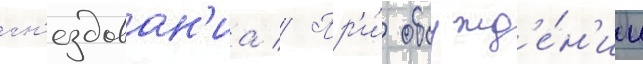
гн'ездован'иа // Пр'и́ обсужд'е́н'ии